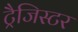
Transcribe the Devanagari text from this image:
ट्रैजिस्टर